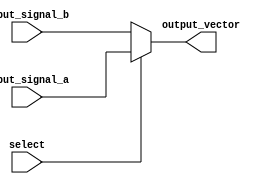
module VectorContinuousAssignment(
    input wire [7:0] input_signal_a,   // 8-bit input vector A
    input wire [7:0] input_signal_b,   // 8-bit input vector B
    input wire select,                  // Select signal
    output wire [7:0] output_vector     // 8-bit output vector
);

// Continuous assignment using the assign keyword
// The output_vector is continuously driven based on the select signal
assign output_vector = (select) ? input_signal_a : input_signal_b;

endmodule